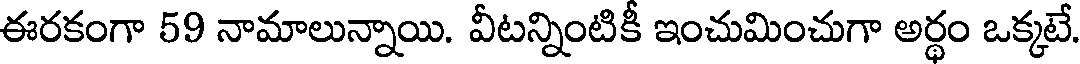
ఈరకంగా 59 నామాలున్నాయి. వీటన్నింటికీ ఇంచుమించుగా అర్థం ఒక్కటే